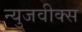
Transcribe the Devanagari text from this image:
न्युजवीक्स